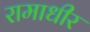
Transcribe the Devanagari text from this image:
रामाधीर